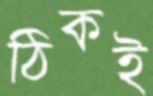
ঠিকই